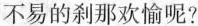
不易的刹那欢愉呢？